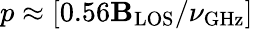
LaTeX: p\approx[0.56\mathbf{B}_{\mathrm{{LOS}}}/\nu_{\mathrm{{GHz}}}]